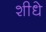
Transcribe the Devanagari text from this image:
शीधे